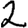
Digit: 2